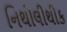
નિથોલીથીક